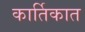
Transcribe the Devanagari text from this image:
कार्तिकात